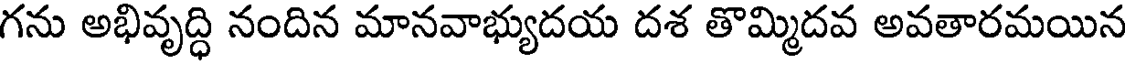
గను అభివృద్ధి నందిన మానవాభ్యుదయ దశ తొమ్మిదవ అవతారమయిన